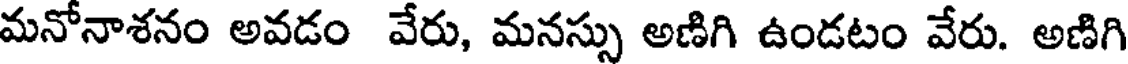
మనోనాశనం అవడం వేరు, మనస్సు అణిగి ఉండటం వేరు. అణిగి